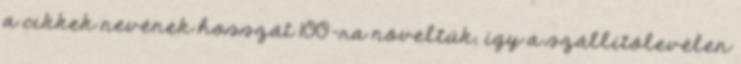
a cikkek nevének hosszát 100-ra növeltük, így a szállítólevélen